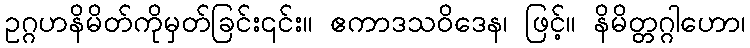
ဥဂ္ဂဟနိမိတ်ကိုမှတ်ခြင်း၎င်း။ ဧကာဒသဝိဒေန၊ ဖြင့်။ နိမိတ္တဂ္ဂါဟော၊